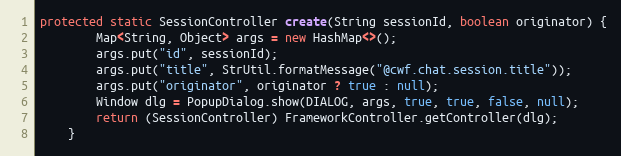
Language: Java
protected static SessionController create(String sessionId, boolean originator) {
        Map<String, Object> args = new HashMap<>();
        args.put("id", sessionId);
        args.put("title", StrUtil.formatMessage("@cwf.chat.session.title"));
        args.put("originator", originator ? true : null);
        Window dlg = PopupDialog.show(DIALOG, args, true, true, false, null);
        return (SessionController) FrameworkController.getController(dlg);
    }